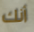
أنك